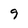
Character: 9